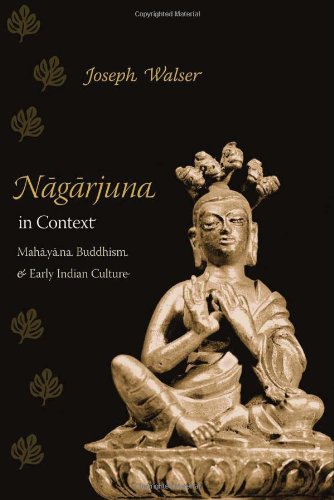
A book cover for Nagarjuna in Context: Mahayana Buddhism and Early Indian Culture; Joseph Walser; Religion & Spirituality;